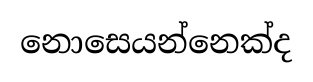
නොසෙයන්නෙක්ද